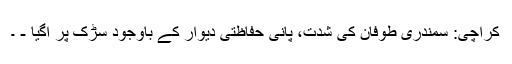
کراچی: سمندری طوفان کی شدت، پانی حفاظتی دیوار کے باوجود سڑک پر آگیا - ۔